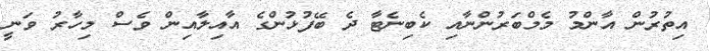
އިތުރުން އާންމު މެމްބަރުންނާއި ކެބިނެޓާ ދެ ބޭފުޅުންގެ އާއިލާއިން ވެސް މިހާރު ވަނީ